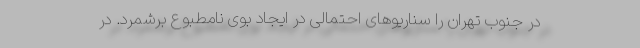
در جنوب تهران را سناریوهای احتمالی در ایجاد بوی نامطبوع برشمرد. در